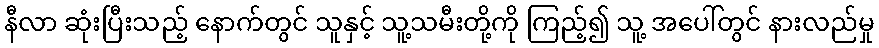
နီလာ ဆုံးပြီးသည့် နောက်တွင် သူနှင့် သူ့သမီးတို့ကို ကြည့်၍ သူ့ အပေါ်တွင် နားလည်မှု